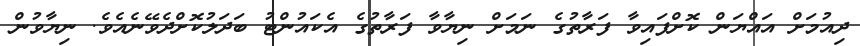
ދިއުމަށް އައްޔަން ކޮށްފައިވާ ފަރާތުގެ ނަމަށް ނިޔާވާ ފަރާތުގެ އެކައުންޓު ބަދަލުކޮށްދެވޭނެއެވެ. ނިޔާވުން